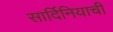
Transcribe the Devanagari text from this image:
सार्दिनियाची